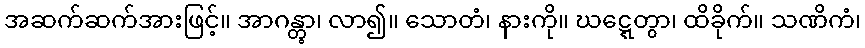
အဆက်ဆက်အားဖြင့်။ အာဂန္တွာ၊ လာ၍။ သောတံ၊ နားကို။ ဃဋ္ဋေတွာ၊ ထိခိုက်။ သဏိကံ၊